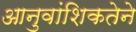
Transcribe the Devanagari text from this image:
आनुवांशिकतेने